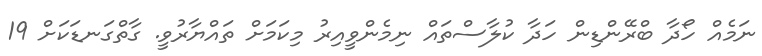
ނަމެއް ހޯދާ ބްރޭންޑިން ހަދާ ކުލާސްތައް ނިމެންވީއިރު މިކަމަށް ތައްޔާރުވީ. ގާތްގަނޑަކަށް 19